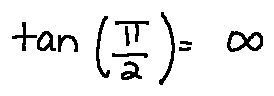
\tan ( \frac { \pi } { 2 } ) = \infty